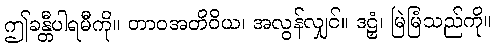
ဤခန္တီပါရမီကို။ တာဝအတိဝိယ၊ အလွန်လျှင်။ ဒဠှံ၊ မြဲမြံသည်ကို။